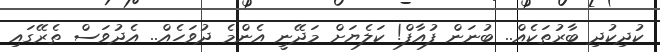
ކުދިކުދި ބާރުތަކެއް.. ބުނަން ފުއާފް! ކަލެޔަށް މަދޭނީ އެންމެ ދުވަހެއް.. އެދުވަސް ތެރޭގައި